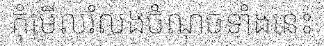
កុំមើលរំលងចំណុចទាំងនេះ